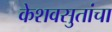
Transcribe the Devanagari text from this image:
केशवसुतांचा